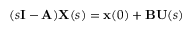
( s \mathbf { I } - \mathbf { A } ) \mathbf { X } ( s ) = \mathbf { x } ( 0 ) + \mathbf { B } \mathbf { U } ( s )